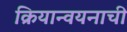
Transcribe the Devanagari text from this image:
क्रियान्वयनाची